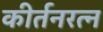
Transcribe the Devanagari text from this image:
कीर्तनरत्‍न